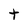
Character: t